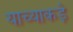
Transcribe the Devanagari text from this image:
याच्याकड़े